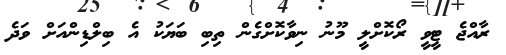
ރާއްޖެ ޓީވީ ރޯކޮށްލީ މޫނު ނިވާކޮށްގެން ތިބި ބަޔަކު އެ ބިލްޑިންއަށް ވަދެ